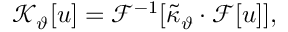
\mathcal { K } _ { \vartheta } [ u ] = \mathcal { F } ^ { - 1 } [ \tilde { \kappa } _ { \vartheta } \cdot \mathcal { F } [ u ] ] ,